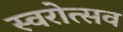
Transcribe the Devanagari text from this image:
स्वरोत्सव